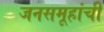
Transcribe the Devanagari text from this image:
जनसमूहांची